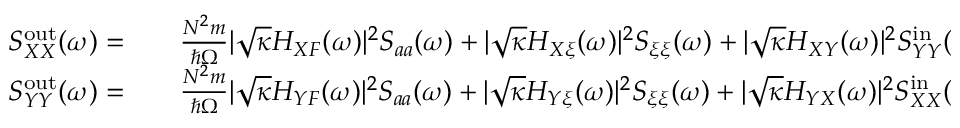
\begin{array} { r l r } { S _ { X X } ^ { \mathrm { o u t } } ( \omega ) = } & { { } } & { \frac { N ^ { 2 } m } { \hbar \Omega } | \sqrt { \kappa } H _ { X F } ( \omega ) | ^ { 2 } S _ { a a } ( \omega ) + | \sqrt { \kappa } H _ { X \xi } ( \omega ) | ^ { 2 } S _ { \xi \xi } ( \omega ) + | \sqrt { \kappa } H _ { X Y } ( \omega ) | ^ { 2 } S _ { Y Y } ^ { \mathrm { i n } } ( \omega ) } \\ { S _ { Y Y } ^ { \mathrm { o u t } } ( \omega ) = } & { { } } & { \frac { N ^ { 2 } m } { \hbar \Omega } | \sqrt { \kappa } H _ { Y F } ( \omega ) | ^ { 2 } S _ { a a } ( \omega ) + | \sqrt { \kappa } H _ { Y \xi } ( \omega ) | ^ { 2 } S _ { \xi \xi } ( \omega ) + | \sqrt { \kappa } H _ { Y X } ( \omega ) | ^ { 2 } S _ { X X } ^ { \mathrm { i n } } ( \omega ) } \end{array}